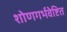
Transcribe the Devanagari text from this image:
शोणगर्भवेष्टित